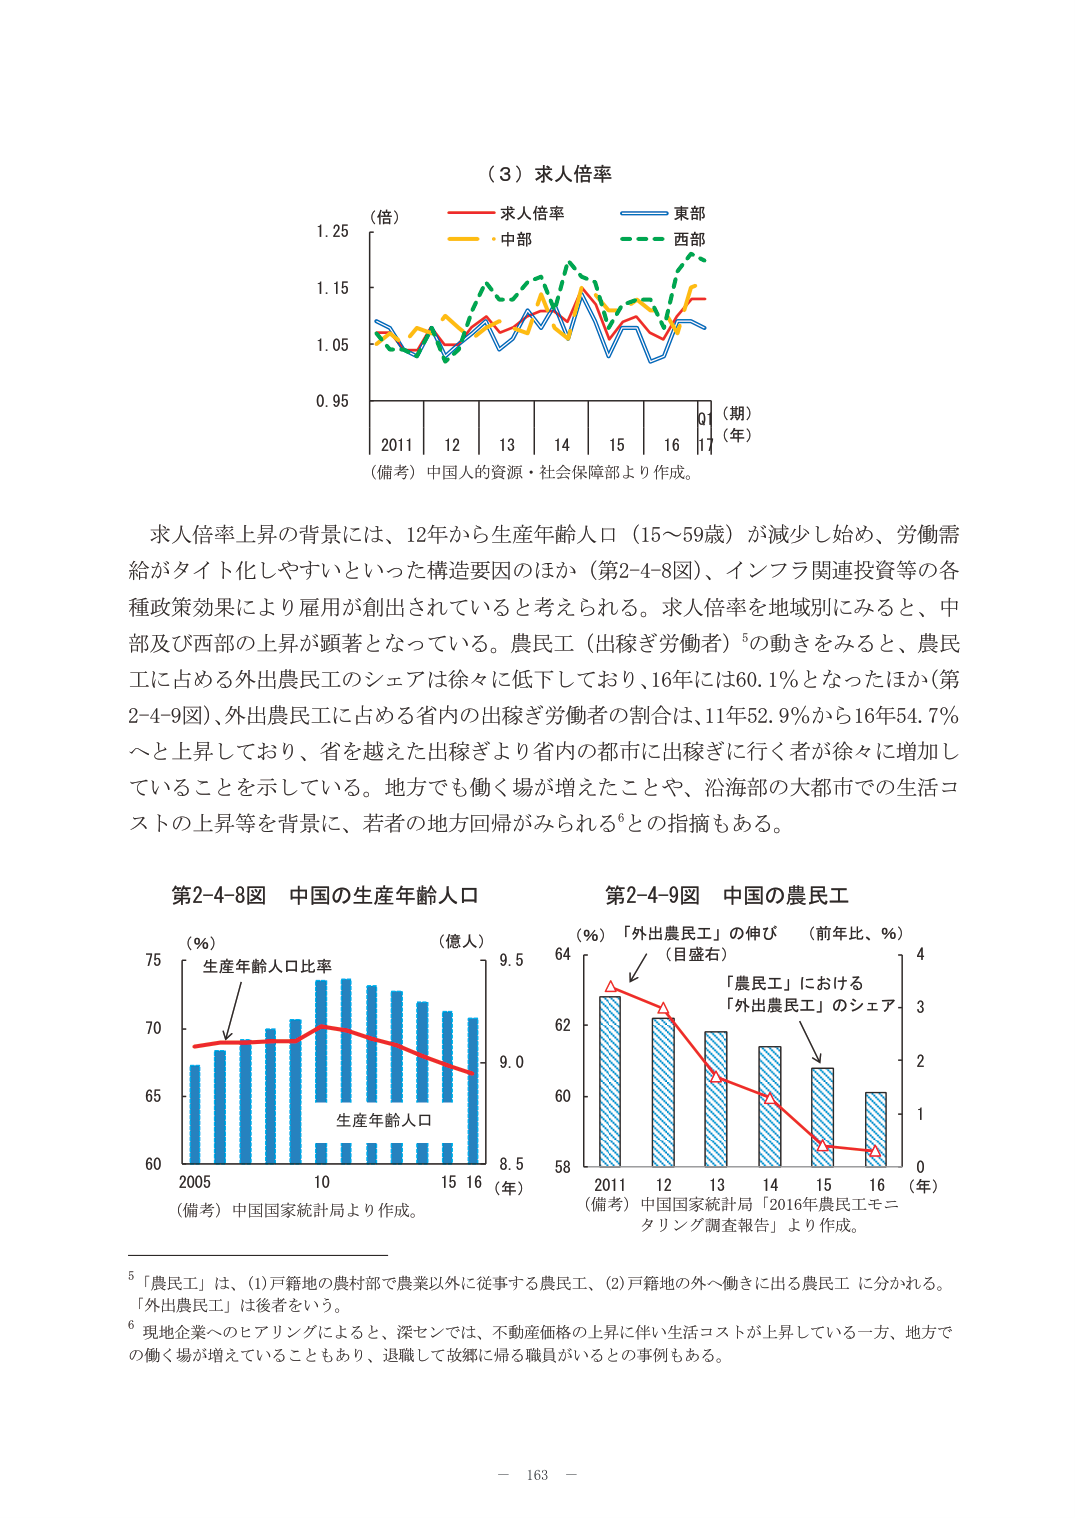
（３）求人倍率
（倍）
求人倍率　東部
中部　西部
0.95　1.05　1.15　1.25
2011　12　13　14　15　16　17
（期）
（年）
（備考）中国人的資源・社会保障部より作成。

求人倍率上昇の背景には、12年から生産年齢人口（15～59歳）が減少し始め、労働需給がタイト化しやすいといった構造要因のほか（第2-4-8図）、インフラ関連投資等の各種政策効果により雇用が創出されていると考えられる。求人倍率を地域別にみると、中部及び西部の上昇が顕著となっている。農民工（出稼ぎ労働者）⁵の動きをみると、農民工に占める外出農民工のシェアは徐々に低下しており、16年には60.1％となったほか（第2-4-9図）、外出農民工に占める省内の出稼ぎ労働者の割合は、11年52.9％から16年54.7％へと上昇しており、省を越えた出稼ぎより省内の都市に出稼ぎに行く者が徐々に増加していることを示している。地方でも働く場が増えたことや、沿海部の大都市での生活コストの上昇等を背景に、若者の地方回帰がみられる⁶との指摘もある。

第2-4-8図　中国の生産年齢人口
（％）　（億人）
生産年齢人口比率
生産年齢人口
60　65　70　75
2005　10　15　16　（年）
8.5　9.0　9.5
（備考）中国国家統計局より作成。

第2-4-9図　中国の農民工
（％）「外出農民工」の伸び　（前年比、％）
（目盛右）
「農民工」における
「外出農民工」のシェア
58　60　62　64
2011　12　13　14　15　16　（年）
0　1　2　3　4
（備考）中国国家統計局「2016年農民工モニタリング調査報告」より作成。

⁵「農民工」は、（1）戸籍地の農村部で農業以外に従事する農民工、（2）戸籍地の外へ働きに出る農民工 に分かれる。「外出農民工」は後者をいう。
⁶ 現地企業へのヒアリングによると、深センでは、不動産価格の上昇に伴い生活コストが上昇している一方、地方での働く場が増えていることもあり、退職して故郷に帰る職員がいるとの事例もある。

－ 163 －